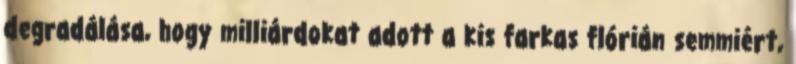
degradálása, hogy milliárdokat adott a kis farkas flórián semmiért,